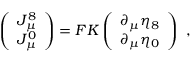
\left( \begin{array} { c } { { J _ { \mu } ^ { 8 } } } \\ { { J _ { \mu } ^ { 0 } } } \end{array} \right) = F K \left( \begin{array} { c } { { \partial _ { \mu } \eta _ { 8 } } } \\ { { \partial _ { \mu } \eta _ { 0 } } } \end{array} \right) ~ ,